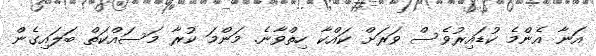
އަނާ އެންމެ ކުޑައިރުވެސް ވަރަށް ކައްކާ ހިތްވާނެ. މަންމަ ކުރާ މަސައްކަތް ބަލައިގެން